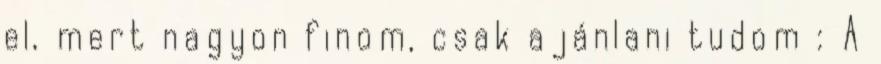
el, mert nagyon finom, csak ajánlani tudom : A